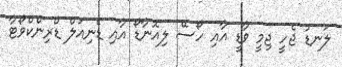
ލަނޑު ޖެހީ ޖިމީ ވާޑީ އާއި ހޯސޭ ލިއޮނާޑޯ އާއި ޑެނިއަލް ޑްރިންކްވޯޓާ